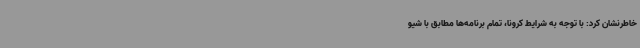
خاطرنشان کرد: با توجه به شرایط کرونا، تمام برنامه‌ها مطابق با شیو